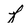
Character: f